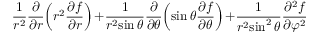
{ \frac { 1 } { r ^ { 2 } } } { \frac { \partial } { \partial r } } \! \left( r ^ { 2 } { \frac { \partial f } { \partial r } } \right) \! + \! { \frac { 1 } { r ^ { 2 } \! \sin \theta } } { \frac { \partial } { \partial \theta } } \! \left( \sin \theta { \frac { \partial f } { \partial \theta } } \right) \! + \! { \frac { 1 } { r ^ { 2 } \! \sin ^ { 2 } \theta } } { \frac { \partial ^ { 2 } f } { \partial \varphi ^ { 2 } } }